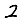
Digit: 2